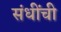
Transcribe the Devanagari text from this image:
संधींची